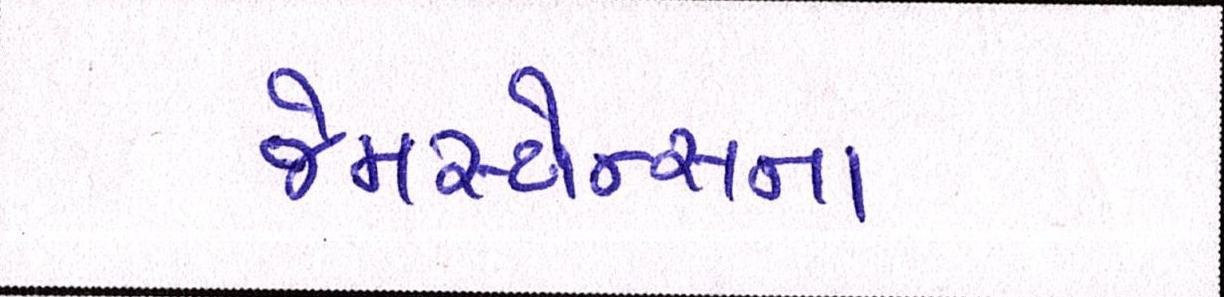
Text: જેમસ્ટોન્સના